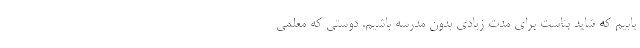
‌یابیم که شاید بناست برای مدت زیادی بدون مدرسه باشیم. دوستی که معلمی